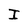
Character: I